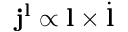
\mathbf { j } ^ { \mathbf { l } } \propto \mathbf { l } \times \dot { \mathbf { l } }